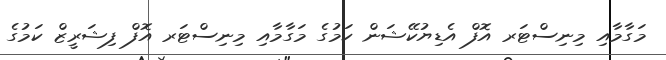
މަގާމާއި މިނިސްޓަރ އޮފް އެޑިޔުކޭޝަން ކަމުގެ މަގާމާއި މިނިސްޓަރ އޮފް ފިޝަރީޒް ކަމުގެ